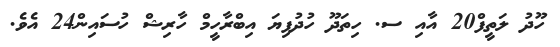
ހޫދު ލަތީފް20 އާއި ސ. ހިތަދޫ ހުދުފިޔަ އިބްރާހީމް ހާރިޝް ހުސައިން24 އެވެ.